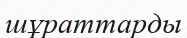
шұраттарды